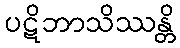
ပဋိဘာသိဿန္တိ